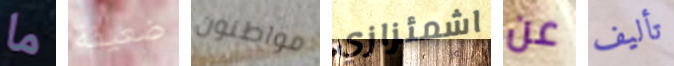
ما ضعيفة مواطنون اشمئزازي عن تأليف